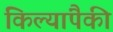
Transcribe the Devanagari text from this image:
किल्यांपैकी